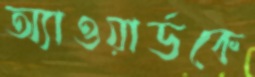
অ্যাওয়ার্ডকে